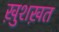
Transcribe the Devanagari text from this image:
ख़ुशख़त